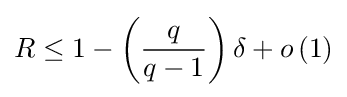
R\leq 1-\left({q \over {q-1}}\right)\delta +o\left(1\right)